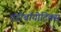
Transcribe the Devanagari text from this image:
एंटीबॉयोटिक्स